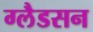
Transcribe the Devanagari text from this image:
ग्लैडसन